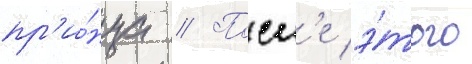
пр'и́нца // Посл'е э́того